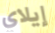
إيلاي